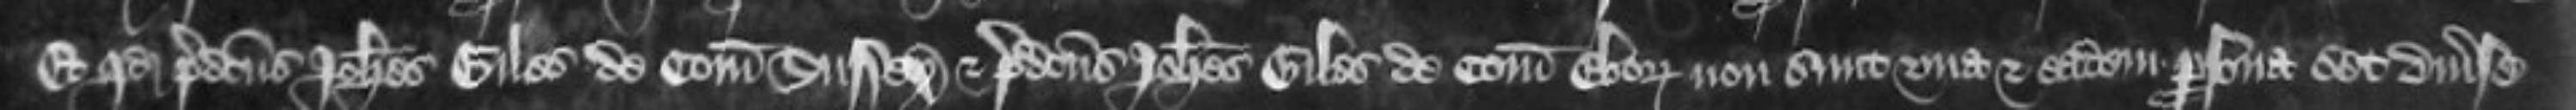
Et quod predictus Johannes Giles de Comitatu Sussex et predictus Johannes Giles de Comitatu Eboraci non sunt una et eadem persona set diverse